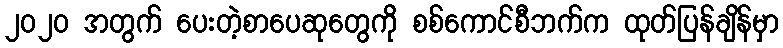
၂၀၂၀ အတွက် ပေးတဲ့စာပေဆုတွေကို စစ်ကောင်စီဘက်က ထုတ်ပြန်ချိန်မှာ